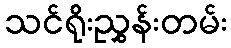
သင်ရိုးညွှန်းတမ်း